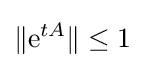
\|\mathrm {e} ^{tA}\|\leq 1